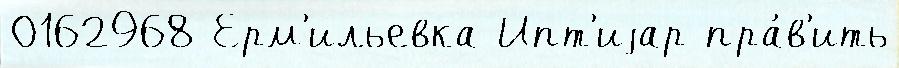
0162968 Ерм'ильевка Ипт'иjар пра́в'ить